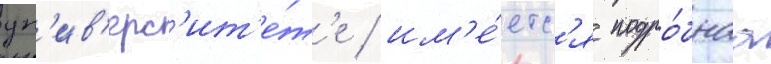
ун'ив'ерс'ит'е́т'е / им'е́етс'я подро́бнаа